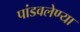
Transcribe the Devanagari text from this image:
पांडवलेण्या